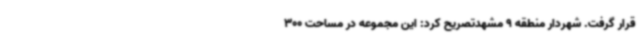
قرار گرفت. شهردار منطقه 9 مشهدتصریح کرد: این مجموعه در مساحت 300